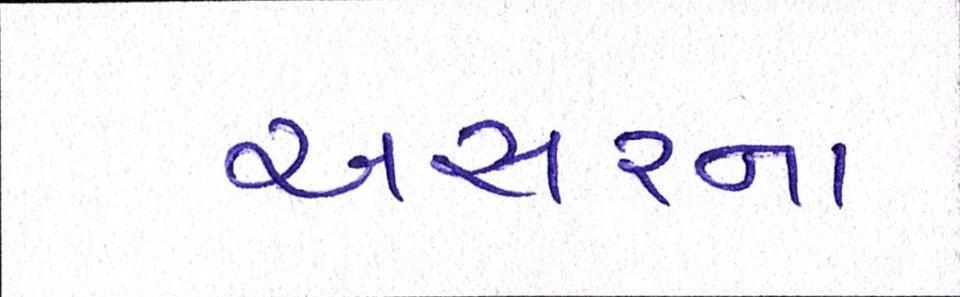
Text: અસરના